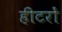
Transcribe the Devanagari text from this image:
हीटरों